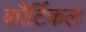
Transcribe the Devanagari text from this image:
कौर्टिकल